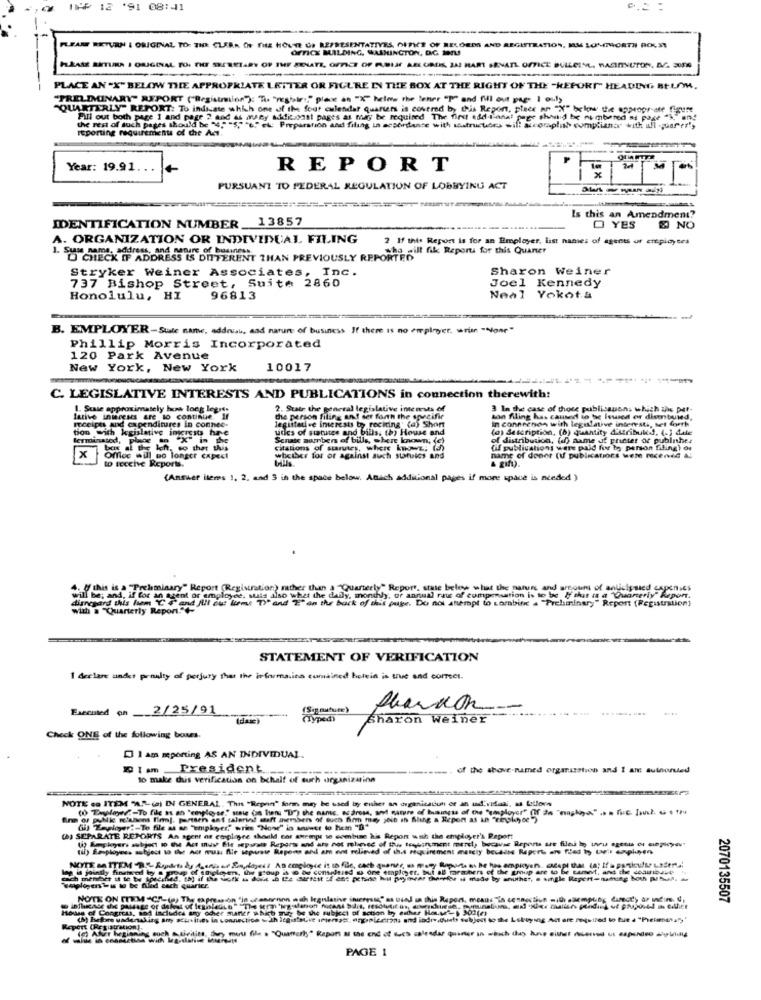
APP 12 '91 08:411
PLEASE RETURN & ORIGINAL TO THE CLEAR OF THE HOUSE OF REPRESENTATIVES OFFICE OF RECORDS AND REGISTRATION, MM LONINORTH ROEST
OFFICE MALDING, WASHINGTON, DG 19TL
HkAtt SATURA I ORIGINAL TO. THE SECRETARY OF THE AUNNATI, OFFICE OF FUSIAF AELURDES, JAI HART SENATL OFFICE BULLEING, MASININUTON, AZ SONS
---
----
PLACE AN "X" BELOW THE APPROPRIATE LETTER OR FIGURE IN THE BOX AT THE RIGHT OF THE "KEFORT" HEADING BELO,
PRELIMINARY REPORT ("Registriion"): "Tu "meghir"," place an "X" helow the tener "P" and fill out page 1 ouly
"QUARTERLY" REPORT: To indicate which one of the fout calendar quarters is covered by this Report, pleee an "X" below the appropriate figure
Fill out both page 1 and page 2 and at wwsey addicoast pages as may be required The first Add-tanal page shand be numbered si page "},"
the rest of such pages should be "4," "5""6" ct: Preparation and filing in accordance with isstructures if complat compliance with all quarery
reporting requirement of the Act.
Year: 19.91.
+
REPORT
M
PURSUANT TO FEDERAL REGULATION OF LOBBYING ACT
IDENTIFICATION NUMBER 13857
Is this an Amendment?
--.......
O YES
NO
A. ORGANIZATION OR INDIVIDUAL FILING
2 If this Report is for an Employer, list names of agents ur employees
1. Sus name, address, and nature of business.
who will fik Reports for this Quaner
ADDRESS IS DIFFERENT THAN PREVIOUSLY REPORTER
Stryker Weiner Associates, Inc.
Sharon Weiner
737 Bishop Street, Suite 2860
Joel Kennedy
Honolulu, HI
96813
Neal Yokota
B. EMPLOYER-Site name, addnish, and nature of business If there is no empirger. wrim "None"
Phillip Morris Incorporated
120 Park Avenue
New York, New York
10017
C. LEGISLATIVE INTERESTS AND PUBLICATIONS in connection therewith:
1. State approximately how long lognes
2. Suatr the general legislative intemts of
3 In the case of those publissuons which the per-
lative inieceses are to continue. If
receipts and expenditures in connec-
the person filing and set forth the specific
legustative interests by reciting' (a) Short
son filing has caused to be Iswied or distributed,
in connecnon with legislative intersti, set forth
tion with kgislative interests have
udes of statutes and bills, th) House and
(a) Sescription, (b) quantity Attributed, (.] dale
terminated, place in "X" in the
Senate aambers of bills, where known; (c)
of distribution, (a) name of pheter of publnhe!
box al the left, so ther this
citations of starutes, where knows. (a)
(il publications were paid for to person filling) os
x
Office will no longer capect
to receive Reports.
whether for or against auch statics and
name of dener (u publications were mcerved A:
& gift).
(Answer items 1, 2, and 3 in the space below. Anach additional pages if more space is needed )
4. Of this is a "Preliminary" Report (Registration) rather than a "Quarterly" Report, state below what the nature and areouni of anticipsied caponics
will be; and, if for an agent or employee, sells als
will be; and, if for an agent or employee, suis also what the daily, monthly, or annual rate of compensation is to be If this is a "Quarterly" Report.
disregard this fum ℃
"on the back of this page. Do not anempt to combine . "Preliminary" Report (Registration)
with a "Quarterly Report."+-
STATEMENT OF VERIFICATION
I declare under penalty of perjury that the information comained botvin is true and correr.
Executed on __ 2/25/91
(Signature)
(das)
(typedi
Sharon Weiner
Check ONE of the following boxes.
I am sporting AS AN INDIVIDUAL.
@Iam President
of the above-named organization and I an authored
to make chuis verification on behalf of such organization
NOTE co ITEM "AL (a) IN GENERAL. This "Repen" form may be used by enher an deganicacuh or an ud.vitass, as follows
(ii) Employer ?- To file as an "Tmpkyer," wrime "None" in wuer to hem "B"
(h) SEPARATE REPORTS An agent or employee should cor anempe we combine his Report wah the employer's Report
pst wo du Act muy Ele separate Reports and ats not mhevse of the towsonment meret) bocavas Reports are filed by wu agents of copioyou"
(il) Employees subject to the Acr muss flie sepuste Reports and am ant relieved of that requirement marty beckins Reports ans flad ty til enplusen
eshelgen, why soup & o de complured u one emploet, but all parmihers of the smup are to be canwit, and die deauissue
ch menbit ut to be soner
2070135507
House of Congress, sod includes arg ochher shaner which may be the subject of action by esther Houst 302(e)
(h) before underding any achvities
Repert (Registration).
PAGE 1